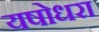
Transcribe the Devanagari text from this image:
यषोधरा